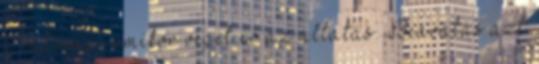
a valóság, amikor véget ér az áltatás. Beavatás azt